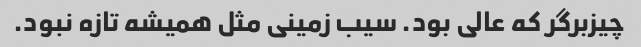
چیزبرگر که عالی بود. سیب زمینی مثل همیشه تازه نبود.